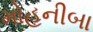
મોહનીબા